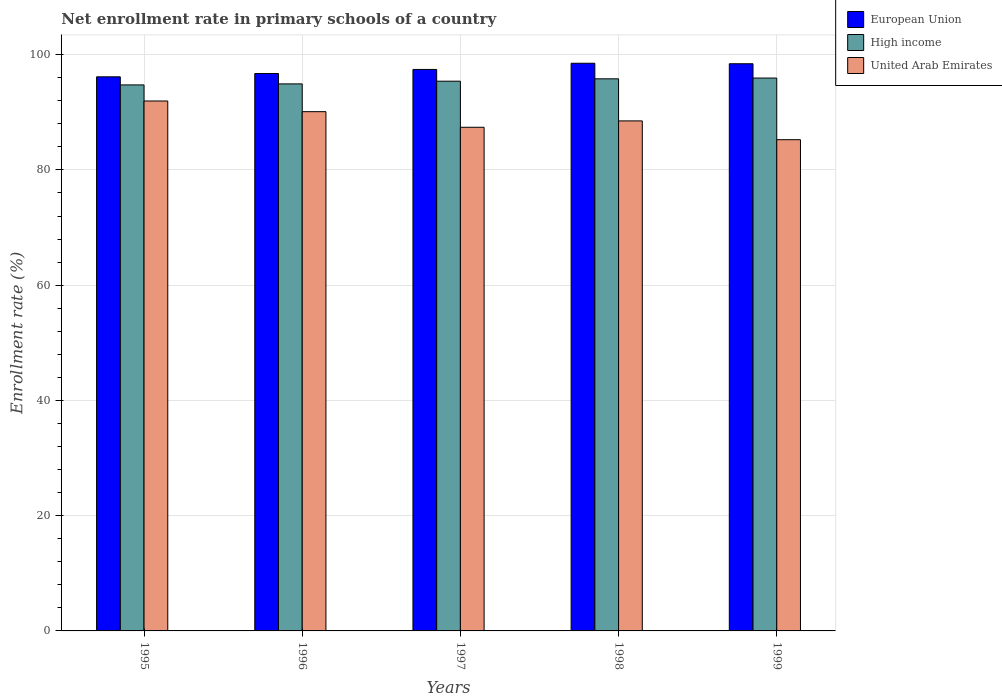
| Years | European Union | High income | United Arab Emirates |
 | --- | --- | --- | --- |
 | 1995 | 96.2 | 94.7 | 92 |
 | 1996 | 96.7 | 94.9 | 90.1 |
 | 1997 | 97.4 | 95.4 | 87.4 |
 | 1998 | 98.5 | 95.8 | 88.5 |
 | 1999 | 98.4 | 95.9 | 85.2 |